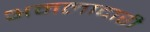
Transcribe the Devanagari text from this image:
अमलादारी